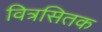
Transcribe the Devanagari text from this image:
वित्रसितक